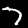
Digit: 7